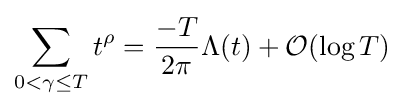
\sum _{0<\gamma \leq T}t^{\rho }={\frac {-T}{2\pi }}\Lambda (t)+{\mathcal {O}}(\log T)